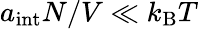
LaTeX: a_{\mathrm{int}}N/V\ll k_{\mathrm{B}}T